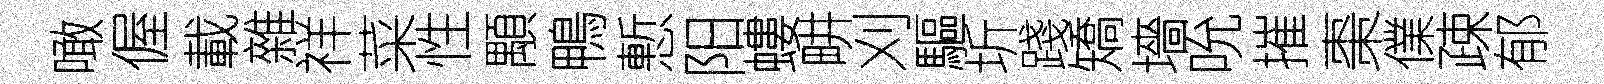
噉偓載雜祥菜性顒鴨慙阳螻畊刈驅圻踐矯墻吮摧棗㒒疎郁